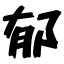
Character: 郁